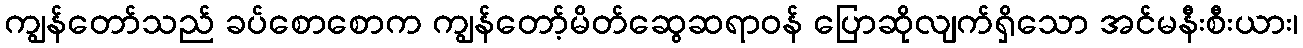
ကျွန်တော်သည် ခပ်စောစောက ကျွန်တော့်မိတ်ဆွေဆရာဝန် ပြောဆိုလျက်ရှိသော အင်မနီးစီးယား၊